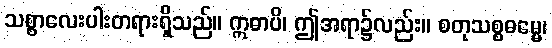
သစ္စာလေးပါးတရားရှိသည်။ ဣဓာပိ၊ ဤအရာ၌လည်း။ စတုသစ္စဓမ္မေ၊